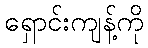
ရှောင်းကျန့်ကို